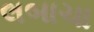
લબાચા